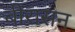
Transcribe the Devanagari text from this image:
बीरासन